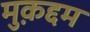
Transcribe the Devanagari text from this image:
मुक़द्दम